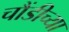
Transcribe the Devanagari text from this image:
चौंडीच्या